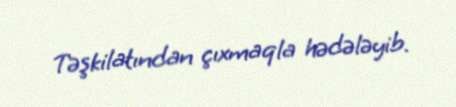
Təşkilatından çıxmaqla hədələyib.